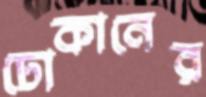
ঢোকানের